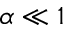
\alpha \ll 1